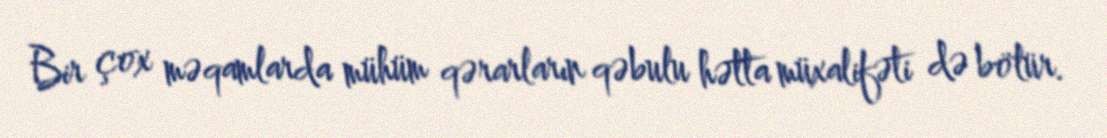
Bir çox məqamlarda mühüm qərarların qəbulu hətta müxalifəti də bölür.